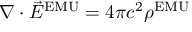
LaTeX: \nabla \cdot { \vec { E } } ^ { \mathrm { E M U } } = 4 \pi c ^ { 2 } \rho ^ { \mathrm { E M U } }